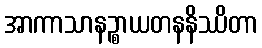
အာကာသာနဉ္စာယတနနိဿိတာ